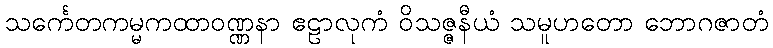
သင်္ကေတကမ္မကထာဝဏ္ဏနာ ဧဠာလုကံ ဝိသဇ္ဇနီယံ သမူဟတော ဘောဂဇာတံ